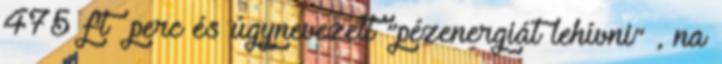
475 ft perc és úgynevezett “pézenergiát lehívni” , na